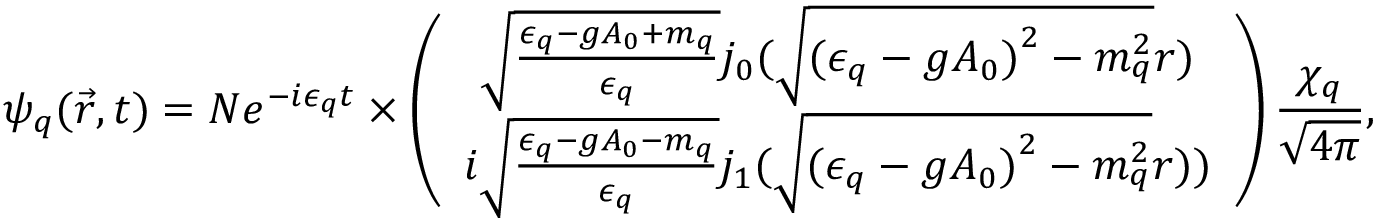
{ \psi } _ { q } ( { \vec { r } } , t ) = { \cal { N } } e ^ { - i { \epsilon } _ { q } t } \times \left( \begin{array} { c } { { { \sqrt { \frac { { \epsilon } _ { q } - g { A } _ { 0 } + { m } _ { q } } { { \epsilon } _ { q } } } j _ { 0 } ( \sqrt { { ( { \epsilon } _ { q } - g { A } _ { 0 } ) } _ { } ^ { 2 } - { m } _ { q } ^ { 2 } } r ) } } } \\ { { i { \sqrt { \frac { { \epsilon } _ { q } - g { A } _ { 0 } - { m } _ { q } } { { \epsilon } _ { q } } } j _ { 1 } ( \sqrt { { ( { \epsilon } _ { q } - g { A } _ { 0 } ) } _ { } ^ { 2 } - { m } _ { q } ^ { 2 } } r ) ) } } } \end{array} \right) { \frac { { \chi } _ { q } } { \sqrt { 4 \pi } } } ,